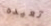
تعيده